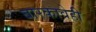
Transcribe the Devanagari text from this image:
बारकावेही